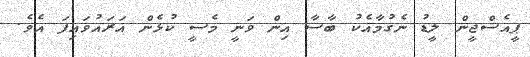
ޕީއެސްޖީން ލީޑު ނެގުމާއެކު ބާސާ އިން ވަނީ މެސީ ކުޅެން އަރައުވައިފަ އެވެ.